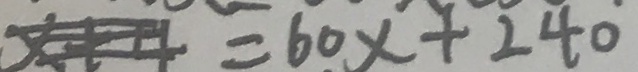
x + 4 = 6 0 x + 2 4 0